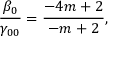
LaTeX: { \frac { \beta _ { 0 } } { \gamma _ { 0 0 } } } = { \frac { - 4 m + 2 } { - m + 2 } } ,